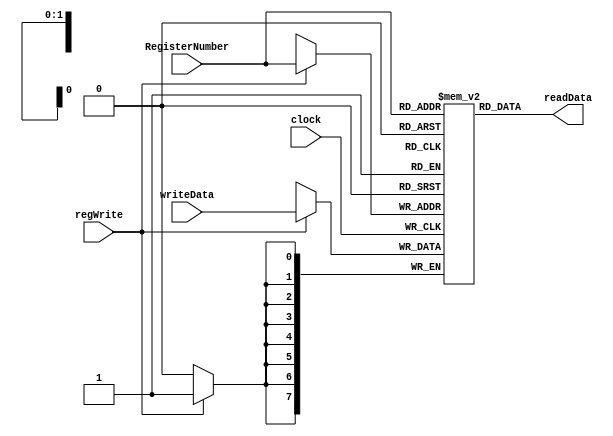
module Accumulator(clock, regWrite, RegisterNumber, writeData, readData);
  input clock, regWrite;
  input [1:0] RegisterNumber;
  input [7:0] writeData;
  output [7:0] readData;

  reg[7:0] registers[3:0]; 
  assign readData = registers[RegisterNumber];

  always @(posedge clock) begin
    if (regWrite)begin
      registers[RegisterNumber] <= writeData;
    end
  end
endmodule